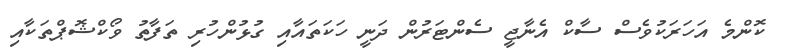
ކޮންމެ އަހަރަކުވެސް ސާކް އެނާޖީ ސެންޓަރުން ދަނީ ހަކަތައާއި ގުޅުންހުރި ތަފާތު ވޯކްޝޮޕްތަކާއި